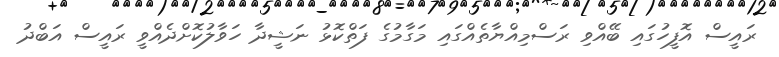
ރައީސް އޮފީހުގައި ބޭއްވި ރަސްމިއްޔާތެއްގައި މަގާމުގެ ފަތްކޮޅު ނަޝީދާ ހަވާލުކޮށްދެއްވީ ރައީސް އަބްދު